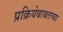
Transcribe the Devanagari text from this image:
प्रक्रियेबाबतच्या